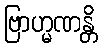
ဗြာဟ္မဏန္တိ